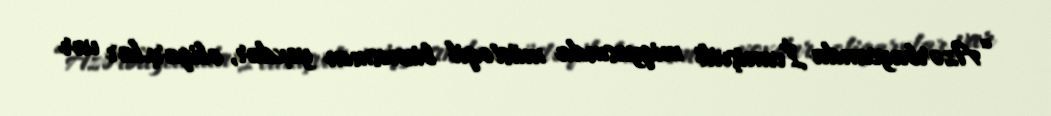
“Azərbaycanda İvanişvili miqyasında müstəqil biznesmen yoxdur, oliqarxlar var